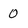
Character: 0